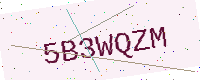
Text: 5B3WQZM